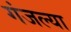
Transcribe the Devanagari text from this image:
गंजल्या